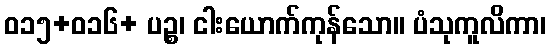
ဝ၁၅+၀၁၆+ ပဉ္စ၊ ငါးယောက်ကုန်သော။ ပံသုကူလိကာ၊